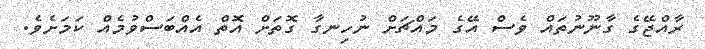
ރާއްޖޭގެ ގާނޫނުތައް ވެސް އޭގެ މައްޗަށް ނުހިނގާ ގޮތަށް އޮތް އެއްބަސްވުމެއް ކަމަށެވެ.